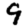
Digit: 9